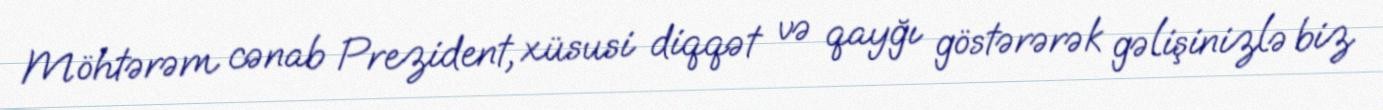
Möhtərəm cənab Prezident, xüsusi diqqət və qayğı göstərərək gəlişinizlə biz